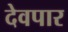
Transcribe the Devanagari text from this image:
देवपार